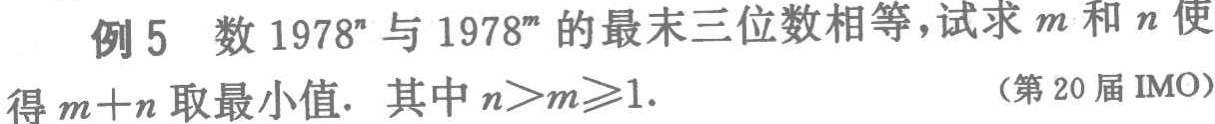
例 5 数 \(1978^{n}\) 与 \(1978^{m}\) 的最末三位数相等，试求 \(m\) 和 \(n\) 使得 \(m + n\) 取最小值. 其中 \(n>m\geqslant1\). （第 20 届 IMO）